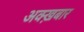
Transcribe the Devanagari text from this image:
अक्ख़बार